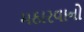
મઠારવાનો